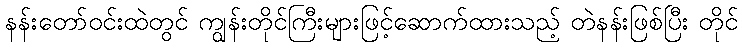
နန်းတော်ဝင်းထဲတွင် ကျွန်းတိုင်ကြီးများဖြင့်ဆောက်ထားသည့် တဲနန်းဖြစ်ပြီး တိုင်